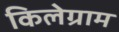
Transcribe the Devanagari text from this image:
किलेग्राम